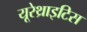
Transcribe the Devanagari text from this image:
यूरेथ्राइटिस